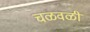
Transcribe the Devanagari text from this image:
चळवळीं